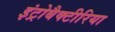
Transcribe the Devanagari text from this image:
इंट्रोबैक्टीरिया